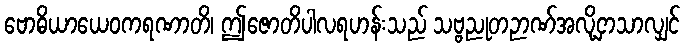
ဗောဓိယာယေဝကရဏာတိ၊ ဤဇောတိပါလရဟန်းသည် သဗ္ဗညုတဉာဏ်အလို့ငှာသာလျှင်